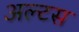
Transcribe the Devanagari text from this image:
अल्टस